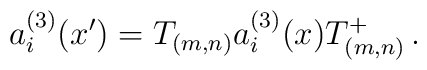
a_i^{(3)}(x{'}) = T_{(m,n)} a_i^{(3)} (x) T^+_{(m,n)}\,.